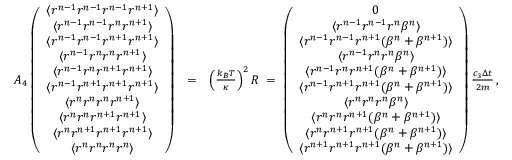
\begin{array} { r l r } { { \cal A } _ { 4 } \left( \begin{array} { c } { \langle r ^ { n - 1 } r ^ { n - 1 } r ^ { n - 1 } r ^ { n + 1 } \rangle } \\ { \langle r ^ { n - 1 } r ^ { n - 1 } r ^ { n } r ^ { n + 1 } \rangle } \\ { \langle r ^ { n - 1 } r ^ { n - 1 } r ^ { n + 1 } r ^ { n + 1 } \rangle } \\ { \langle r ^ { n - 1 } r ^ { n } r ^ { n } r ^ { n + 1 } \rangle } \\ { \langle r ^ { n - 1 } r ^ { n } r ^ { n + 1 } r ^ { n + 1 } \rangle } \\ { \langle r ^ { n - 1 } r ^ { n + 1 } r ^ { n + 1 } r ^ { n + 1 } \rangle } \\ { \langle r ^ { n } r ^ { n } r ^ { n } r ^ { n + 1 } \rangle } \\ { \langle r ^ { n } r ^ { n } r ^ { n + 1 } r ^ { n + 1 } \rangle } \\ { \langle r ^ { n } r ^ { n + 1 } r ^ { n + 1 } r ^ { n + 1 } \rangle } \\ { \langle r ^ { n } r ^ { n } r ^ { n } r ^ { n } \rangle } \end{array} \right) } & { = } & { \left( \frac { k _ { B } T } { \kappa } \right) ^ { 2 } { \cal R } \; = \; \left( \begin{array} { c } { 0 } \\ { \langle r ^ { n - 1 } r ^ { n - 1 } r ^ { n } \beta ^ { n } \rangle } \\ { \langle r ^ { n - 1 } r ^ { n - 1 } r ^ { n + 1 } ( \beta ^ { n } + \beta ^ { n + 1 } ) \rangle } \\ { \langle r ^ { n - 1 } r ^ { n } r ^ { n } \beta ^ { n } \rangle } \\ { \langle r ^ { n - 1 } r ^ { n } r ^ { n + 1 } ( \beta ^ { n } + \beta ^ { n + 1 } ) \rangle } \\ { \langle r ^ { n - 1 } r ^ { n + 1 } r ^ { n + 1 } ( \beta ^ { n } + \beta ^ { n + 1 } ) \rangle } \\ { \langle r ^ { n } r ^ { n } r ^ { n } \beta ^ { n } \rangle } \\ { \langle r ^ { n } r ^ { n } r ^ { n + 1 } ( \beta ^ { n } + \beta ^ { n + 1 } ) \rangle } \\ { \langle r ^ { n } r ^ { n + 1 } r ^ { n + 1 } ( \beta ^ { n } + \beta ^ { n + 1 } ) \rangle } \\ { \langle r ^ { n + 1 } r ^ { n + 1 } r ^ { n + 1 } ( \beta ^ { n } + \beta ^ { n + 1 } ) \rangle } \end{array} \right) \frac { c _ { 3 } \Delta { t } } { 2 m } \, , } \end{array}